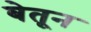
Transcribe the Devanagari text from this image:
बेतून